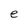
Character: e